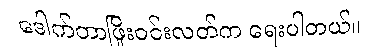
ဒေါက်တာဖြိုးဝင်းလတ်က ရေးပါတယ်။